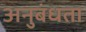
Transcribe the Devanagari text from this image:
अनुबंधता